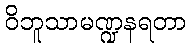
ဝိဘူသာမဏ္ဍနရတာ